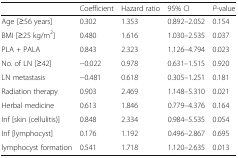
|  | Coefficient | Hazard ratio | 95% CI | P-value |
 | --- | --- | --- | --- | --- |
 | Age [≥56 years] | 0.302 | 1.353 | 0.892–2.052 | 0.154 |
 | BMI [≥25 kg/m2] | 0.480 | 1.616 | 1.030–2.535 | 0.037 |
 | PLA + PALA | 0.843 | 2.323 | 1.126–4.794 | 0.023 |
 | No. of LN [≥42] | −0.022 | 0.978 | 0.631–1.515 | 0.920 |
 | LN metastasis | −0.481 | 0.618 | 0.305–1.251 | 0.181 |
 | Radiation therapy | 0.903 | 2.469 | 1.148–5.310 | 0.021 |
 | Herbal medicine | 0.613 | 1.846 | 0.779–4.376 | 0.164 |
 | Inf [skin (cellulitis)] | 0.848 | 2.334 | 0.984–5.535 | 0.054 |
 | Inf [lymphocyst] | 0.176 | 1.192 | 0.496–2.867 | 0.695 |
 | lymphocyst formation | 0.541 | 1.718 | 1.120–2.635 | 0.013 |